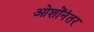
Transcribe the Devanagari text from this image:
ओशोंनंतर